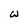
Character: w